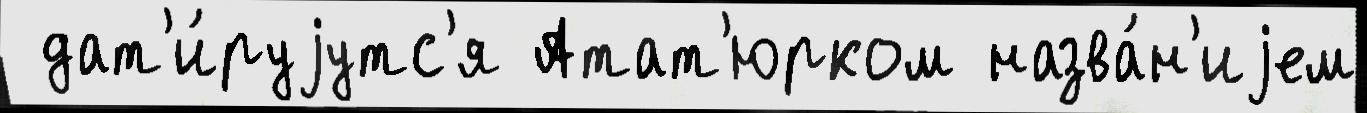
 дат'и́руjутс'я Атат'юрком назва́н'иjем